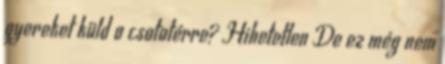
gyereket küld a csatatérre? Hihetetlen De ez még nem